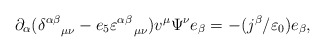
\begin{align*}\partial _{\alpha }(\delta _{\quad \mu \nu }^{\alpha \beta}-e_{5}\varepsilon _{\quad \mu \nu }^{\alpha \beta })v^{\mu }\Psi ^{\nu}e_{\beta }=-(j^{\beta }/\varepsilon _{0})e_{\beta }, \end{align*}